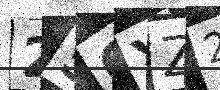
Text: 25OYZ2